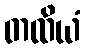
တထိယံ